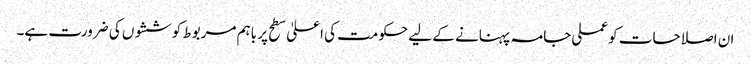
ان اصلاحات کو عملی جامہ پہنانے کے لیے حکومت کی اعلیٰ سطح پر باہم مربوط کوششوں کی ضرورت ہے۔